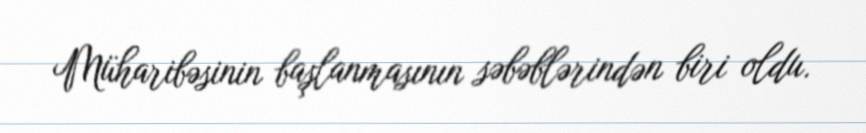
Müharibəsinin başlanmasının səbəblərindən biri oldu.